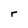
Character: r